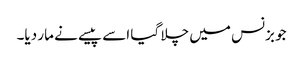
جو بزنس میں چلا گیا اسے پیسے نے مار دیا۔